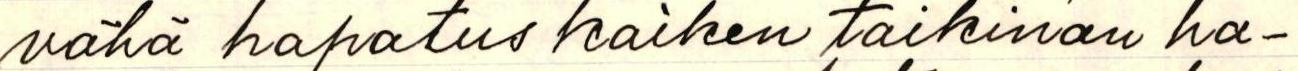
vähä hapatus kaiken taikinan ha-